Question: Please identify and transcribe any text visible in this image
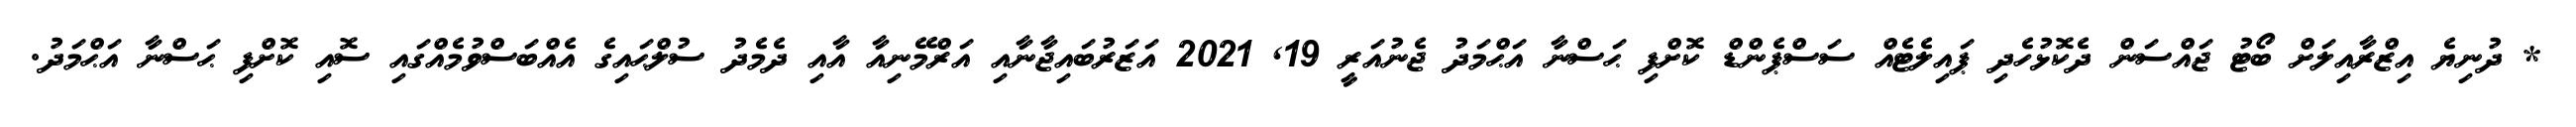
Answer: * ދުނިޔެ އިޒްރާއިލަށް ބޯޓު ޖައްސަން ދެކޮޅުހެދި ޕައިލެޓެއް ސަސްޕެންޑް ކޮށްފި ޙަސްނާ އަޙްމަދު ޖެނުއަރީ 19, 2021 އަޒަރުބައިޖާނާއި އަރްމޭނިއާ އާއި ދެމެދު ސުލްޙައިގެ އެއްބަސްވުމެއްގައި ސޮއި ކޮށްފި ޙަސްނާ އަޙްމަދު.